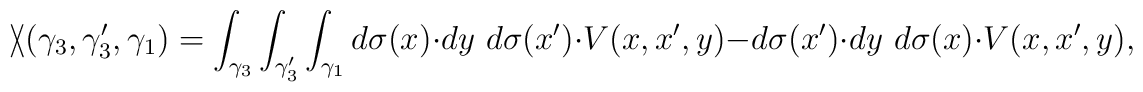
\backslash\!\!\!\slash(\gamma_3,\gamma_3^\prime,\gamma_1)=\int_{\gamma_3}\int_{\gamma_3^\prime}\int_{\gamma_1}d\sigma(x)\cdot dy\,\, d\sigma(x^\prime)\cdot V(x,x^\prime,y)-d\sigma(x^\prime)\cdot dy\,\, d\sigma(x)\cdot V(x,x^\prime,y),